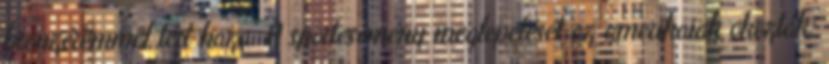
bronzéremmel tért haza. A sportesemény meglepetését az amerikaiak okozták: